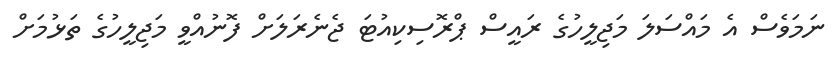
ނަމަވެސް އެ މައްސަލަ މަޖިލީހުގެ ރައީސް ޕްރޮސިކިއުޓަ ޖެނެރަލަށް ފޮނުއްވީ މަޖިލީހުގެ ތަޅުމަށް